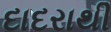
દાદરાથી